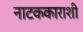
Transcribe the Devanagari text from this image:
नाटककाराशी